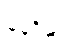
နေဝိဓ